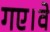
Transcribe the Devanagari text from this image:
गए।वे